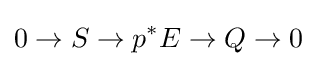
0\to S\to p^{*}E\to Q\to 0